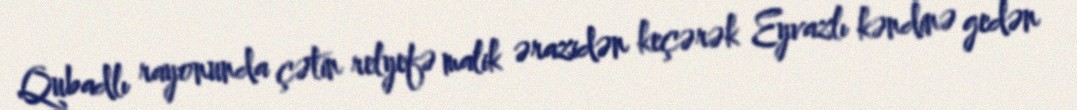
Qubadlı rayonunda çətin relyefə malik ərazidən keçərək Eyvazlı kəndinə gedən